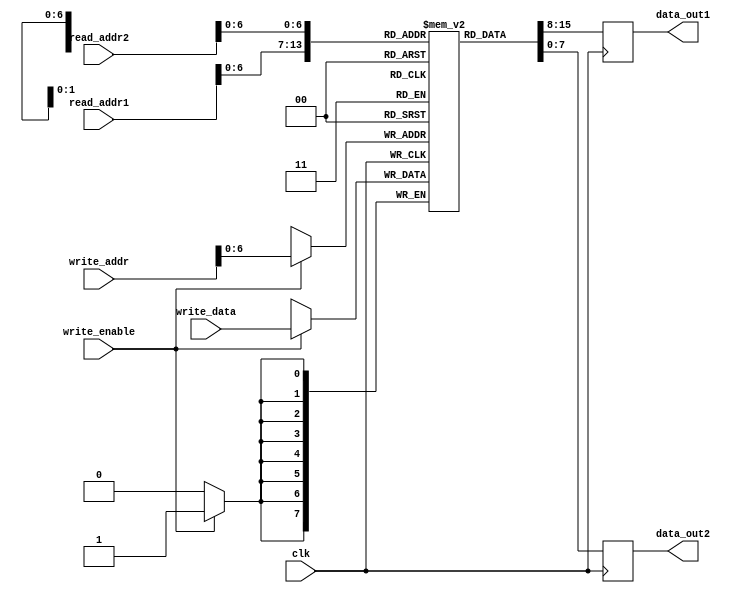
module register_file (
    input wire clk, // clock signal
    input wire [7:0] read_addr1, // address for read port 1
    input wire [7:0] read_addr2, // address for read port 2
    input wire [7:0] write_addr, // address for write port
    input wire [7:0] write_data, // data to be written
    input wire write_enable, // write enable signal
    
    output reg [7:0] data_out1, // data output for read port 1
    output reg [7:0] data_out2 // data output for read port 2
);

reg [7:0] mem [0:127]; // memory blocks for data storage

always @(posedge clk) begin
    if (write_enable) begin
        mem[write_addr] <= write_data;
    end
    
    data_out1 <= mem[read_addr1];
    data_out2 <= mem[read_addr2];
end

endmodule